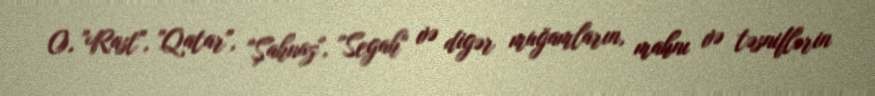
O, "Rast", "Qatar", "Şahnaz", "Segah" və digər muğamların, mahnı və təsniflərin